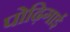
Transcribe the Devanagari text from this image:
पोढ़िगाई